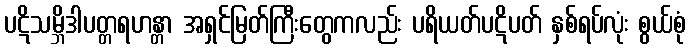
ပဋိသမ္ဘိဒါပတ္တရဟန္တာ အရှင်မြတ်ကြီးတွေကလည်း ပရိယတ်ပဋိပတ် နှစ်ရပ်လုံး စွယ်စုံ